Annual administration report of the Civil Veterinary Department of India - 1898-1899
Year: 1898
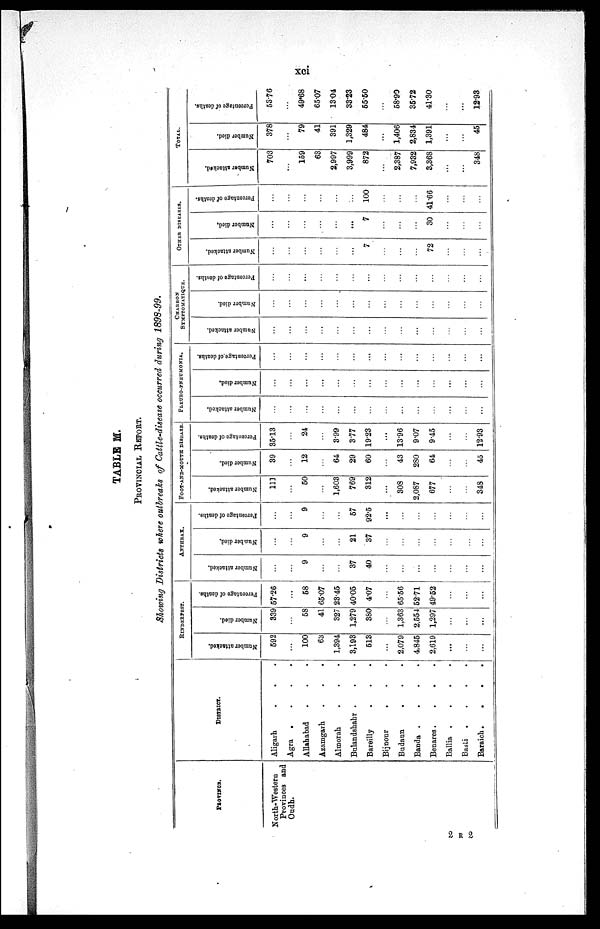
xci
TABLE M.
PROVINCIAL REPORT.
Showing Districts where outbreaks of Cattle-disease occurred during 1898-99.
PROVINCE.
North-Western
Provinces and
Oudh.
DISTRICT.
Aligarh . . .
Agra .
.
.
.
Allahabad . . .
Azamgarh
.
.
.
Almorah . . .
Bulandshahr . . .
Bareilly . . .
Bijnour
. . .
Budaun
. . .
Banda .
.
.
.
Benares .
.
.
.
Ballia .
.
.
.
Basti .
.
.
.
Baraich .
.
.
.
RINDERPEST.
Number attacked.
592
...
100
68
1,394
3,193
513
...
2,079
4,845
2,619
...
...
...
Number died.
339
...
58
41
327
1,279
380
...
1,363
2,554
1,297
...
...
...
Percentage of deaths.
57.26
...
58
65.07
23.45
40.05
4.07
...
65.56
52.71
49.52
...
...
...
ANTHRAX.
Number attacked.
...
...
9
...
...
37
40
...
...
...
...
...
...
...
Number died.
...
...
9
...
...
21
37
...
...
...
...
...
...
...
Percentage of deaths.
...
...
9
...
...
57
92.5
...
...
...
...
...
...
...
FOOT-AND-MOUTH DISEASE
Number attacked.
111
...
50
...
1,603
769
312
...
308
2,087
677
...
...
348
Number died.
39
...
12
...
64
29
60
...
43
280
64
...
...
45
Percentage of deaths.
35.13
...
24
...
3.99
3.77
19.23
...
13.96
9.07
9.45
...
...
12.93
PLEURO-PNEUMONIA.
Number attacked.
...
...
...
...
...
...
...
...
...
...
...
...
...
...
Number died.
...
...
...
...
...
...
...
...
...
...
...
...
...
...
Percentage of deaths.
...
...
...
...
...
...
...
...
...
...
...
...
...
...
CHARBON
SYMPTOMATIQUE.
Number attacked.
...
...
...
...
...
...
...
...
...
...
...
...
...
...
Number died.
...
...
...
...
...
...
...
...
...
...
...
...
...
...
Percentage of deaths.
...
...
...
...
...
...
...
...
...
...
...
...
...
...
OTHER DISEASES.
Number attacked.
...
...
...
...
...
...
7
...
...
...
72
...
...
...
Number died.
...
...
...
...
...
...
7
...
...
...
30
...
...
...
Percentage
of deaths.
...
...
...
...
...
...
100
...
...
...
41.66
...
...
...
TOTAL.
Number attacked.
703
...
159
63
2,997
3,999
872
...
2,387
7,932
3,368
...
...
348
Number died.
378
...
79
41
391
1,329
484
...
1,406
2,834
1,391
...
...
45
Percentage of deaths.
53.76
...
49.68
65.07
13.04
33.23
55.50
...
58.90
35.72
41.30
...
...
12.93
2 R 2